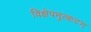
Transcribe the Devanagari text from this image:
विक्षेपमुत्कटम्